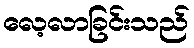
လေ့လာခြင်းသည်